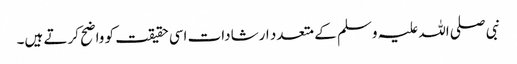
نبی صلی اللہ علیہ وسلم کے متعدد ارشادات اسی حقیقت کو واضح کرتے ہیں۔